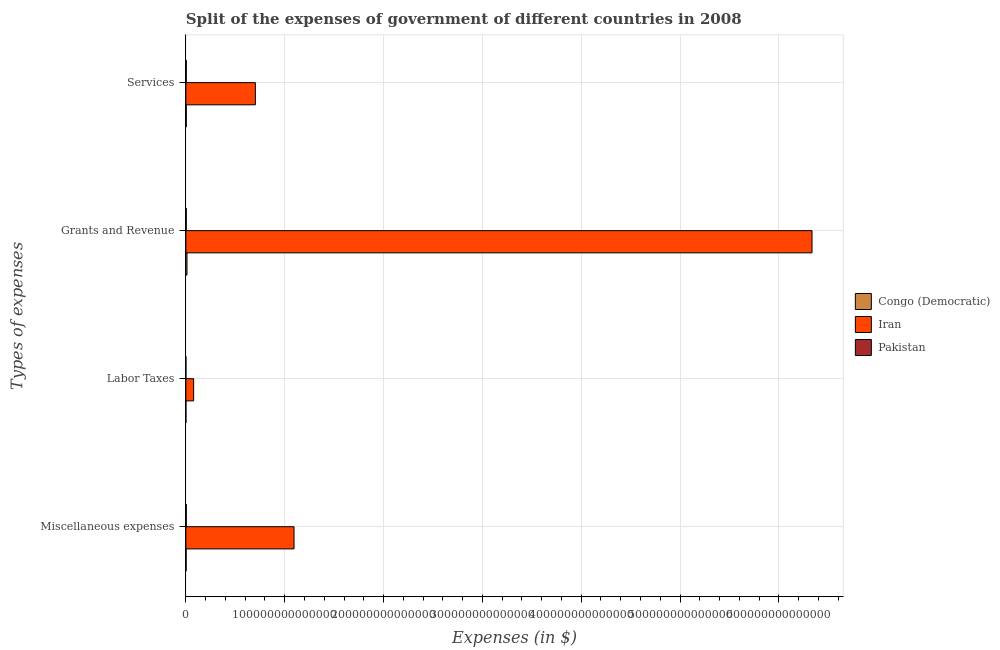
| Types of expenses | Congo (Democratic) | Iran | Pakistan |
 | --- | --- | --- | --- |
 | Miscellaneous expenses | 2.56e+11 | 1.09e+14 | 4.31e+11 |
 | Labor Taxes | 1.27e+10 | 7.87e+12 | 1.47e+10 |
 | Grants and Revenue | 1.13e+12 | 6.34e+14 | 3.98e+11 |
 | Services | 4.04e+11 | 7.03e+13 | 3.98e+11 |